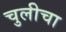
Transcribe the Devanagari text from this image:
चुलीचा